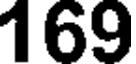
169